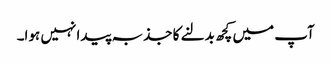
آپ میں کچھ بدلنے کا جذبہ پیدا نہیں ہوا۔